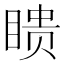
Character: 瞆